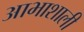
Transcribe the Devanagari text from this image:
आभाशाली